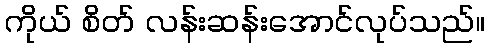
ကိုယ် စိတ် လန်းဆန်းအောင်လုပ်သည်။